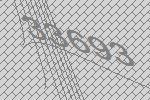
33693